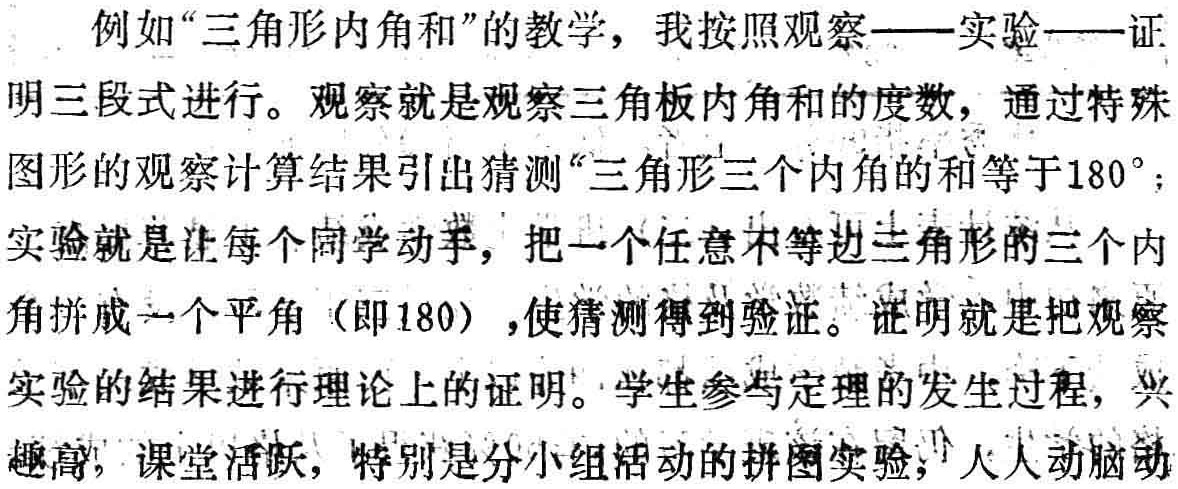
例如“三角形内角和”的教学，我按照观察——实验——证明三段式进行。观察就是观察三角板内角和的度数，通过特殊图形的观察计算结果引出猜测“三角形三个内角的和等于$180^{\circ}$；实验就是让每个同学动手，把一个任意不等边三角形的三个内角拼成一个平角（即180），使猜测得到验证。证明就是把观察实验的结果进行理论上的证明。学生参与定理的发生过程，兴趣高，课堂活跃，特别是分小组活动的拼图实验，人人动脑动